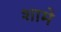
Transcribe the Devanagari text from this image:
शामे